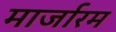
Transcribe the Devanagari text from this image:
मार्जारम